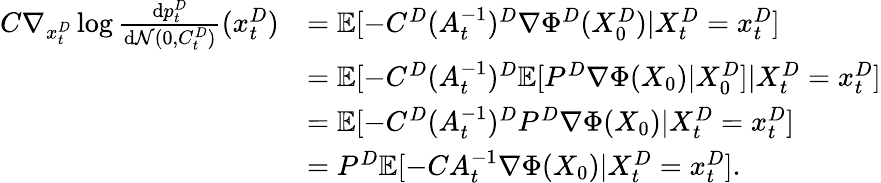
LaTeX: \begin{array}{rl}{C\nabla_{x_{t}^{D}}\log\frac{\mathrm{d}p_{t}^{D}}{\mathrm{d}\mathcal{N}(0,C_{t}^{D})}(x_{t}^{D})}&{=\mathbb{E}[-C^{D}(A_{t}^{-1})^{D}\nabla\Phi^{D}(X_{0}^{D})|X_{t}^{D}=x_{t}^{D}]}\\ &{=\mathbb{E}[-C^{D}(A_{t}^{-1})^{D}\mathbb{E}[P^{D}\nabla\Phi(X_{0})|X_{0}^{D}]|X_{t}^{D}=x_{t}^{D}]}\\ &{=\mathbb{E}[-C^{D}(A_{t}^{-1})^{D}P^{D}\nabla\Phi(X_{0})|X_{t}^{D}=x_{t}^{D}]}\\ &{=P^{D}\mathbb{E}[-CA_{t}^{-1}\nabla\Phi(X_{0})|X_{t}^{D}=x_{t}^{D}].}\end{array}